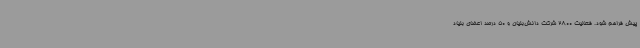
پیش فراهم شود. فعالیت 2800 شرکت دانش‌بنیان و 50 درصد اعضای بنیاد